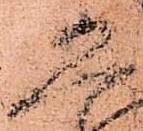
恐